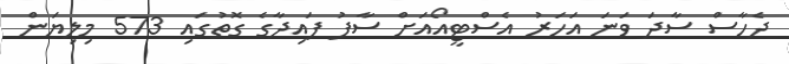
ދެހާސް ސާދަ ވަނަ އަހަރު އެސްޓީއޯއަށް ސާފު ފައިދާގެ ގޮތުގައި 573 މިލިޔަން